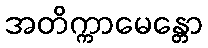
အတိက္ကာမေန္တော